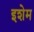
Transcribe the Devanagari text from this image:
इशेम